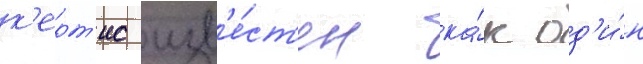
к'ерт'ис изв'е́ст'ен ка́к од'и́н